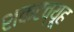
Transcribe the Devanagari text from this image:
शकटव्यूह